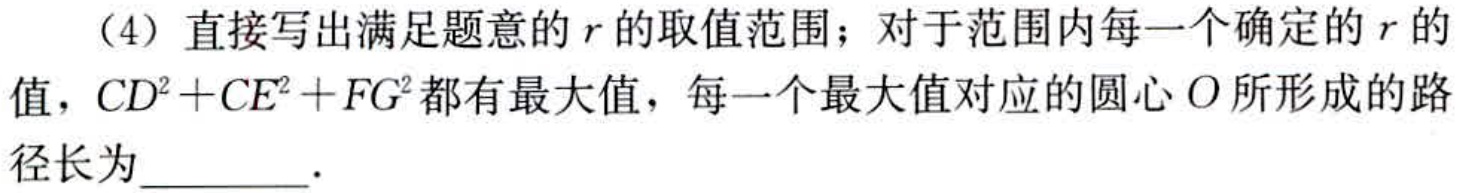
（4）直接写出满足题意的\(r\)的取值范围；对于范围内每一个确定的\(r\)的值，\(CD^{2}+CE^{2}+FG^{2}\)都有最大值，每一个最大值对应的圆心\(O\)所形成的路径长为________．